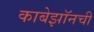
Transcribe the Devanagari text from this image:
काबेझॉनची